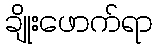
ချိုးဖောက်ရာ